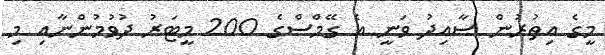
މީގެ އިތުރުން ސާއިދު ވަނީ އެ ގޭމްސްގެ 200 މީޓަރު ދުވުމުންނާއި މި